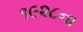
૧૯૨૮ના